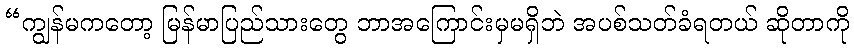
“ကျွန်မကတော့ မြန်မာပြည်သားတွေ ဘာအကြောင်းမှမရှိဘဲ အပစ်သတ်ခံရတယ် ဆိုတာကို